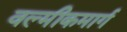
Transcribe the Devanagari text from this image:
वल्मीकमार्ग